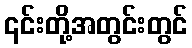
၎င်းတို့အတွင်းတွင်